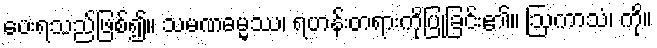
ပေးရသည်ဖြစ်၍။ သမဏဓမ္မဿ၊ ရဟန်းတရားကိုပြုခြင်း၏။ ဩကာသံ၊ ကို။